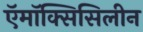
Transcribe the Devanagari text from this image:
ऍमॉक्सिसिलीन